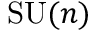
\mathrm { S U } ( n )